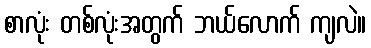
စာလုံး တစ်လုံးအတွက် ဘယ်လောက် ကျလဲ။